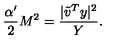
\frac { \alpha ^ { \prime } } { 2 } M ^ { 2 } = \frac { | { \tilde { v } } ^ { T } y | ^ { 2 } } { Y } .